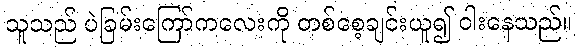
သူသည် ပဲခြမ်းကြော်ကလေးကို တစ်စေ့ချင်းယူ၍ ဝါးနေသည်။